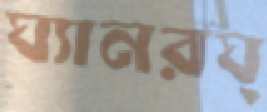
ঘ্যানরঘ্